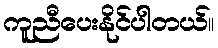
ကူညီပေးနိုင်ပါတယ်။